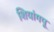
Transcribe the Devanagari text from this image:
शियांगपू